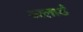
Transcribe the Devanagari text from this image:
अलार्ड